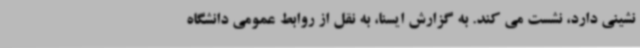
نشینی دارد، نشست می کند. به گزارش ایسنا، به نقل از روابط عمومی دانشگاه